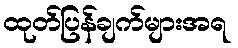
ထုတ်ပြန်ချက်များအရ